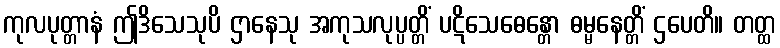
ကုလပုတ္တာနံ ဤဒိသေသုပိ ဌာနေသု အကုသလုပ္ပတ္တိံ ပဋိသေဓေန္တော ဓမ္မနေတ္တိံ ဌပေတိ။ တတ္ထ